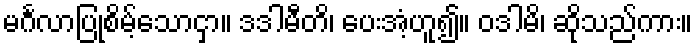
မင်္ဂလာပြုစိမ့်သောငှာ။ ဒဒါမီတိ၊ ပေးအံ့ဟူ၍။ ဝဒါမိ၊ ဆိုသည်ကား။